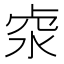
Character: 𠧶